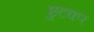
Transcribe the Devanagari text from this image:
छुटकर